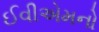
ઈવીએમનો